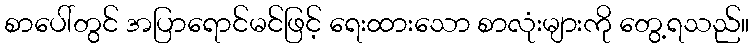
စာပေါ်တွင် အပြာရောင်မင်ဖြင့် ရေးထားသော စာလုံးများကို တွေ့ရသည်။